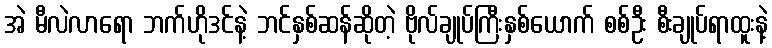
အဲ မီလဲလာရော ဘက်ဟိုဒင်နဲ့ ဘင်နှစ်ဆန်ဆိုတဲ့ ဗိုလ်ချုပ်ကြီးနှစ်ယောက် စစ်ဦး စီးချုပ်ရာထူးနဲ့